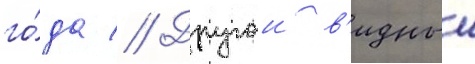
го́да // Другои в'идныи